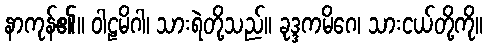
နာကုန်၏။ ဝါဠမိဂါ၊ သားရဲတို့သည်။ ခုဒ္ဒကမိဂေ၊ သားငယ်တို့ကို။